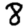
Digit: 8